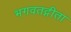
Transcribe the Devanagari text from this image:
भगवतद्गीता